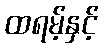
ထရမ့်နှင့်